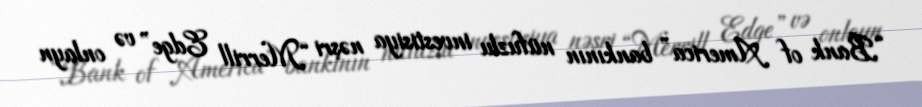
“Bank of America” bankının nüfuzlu investisiya nəşri “Merrill Edge” və onlayn